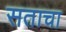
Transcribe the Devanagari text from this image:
सताचा